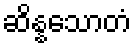
ဆိန္နသောတံ